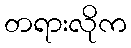
တရားလိုက